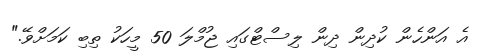
އެ އަންހެން ކުދިން ދިން ލިސްޓްގައި ޖުމްލަ 50 މީހަކު ތިބި ކަމަށްވޭ."